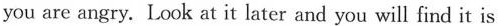
you are angry. Look at it later and you will find it is